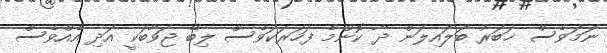
ނަމަވެސް ޚަބަރު ބަލައިލަން ދާ ކޮންމެ ފަހަރަކަުވެސް ލިބޭ ޖަވާބަކީ އަދި އެއްވެސް